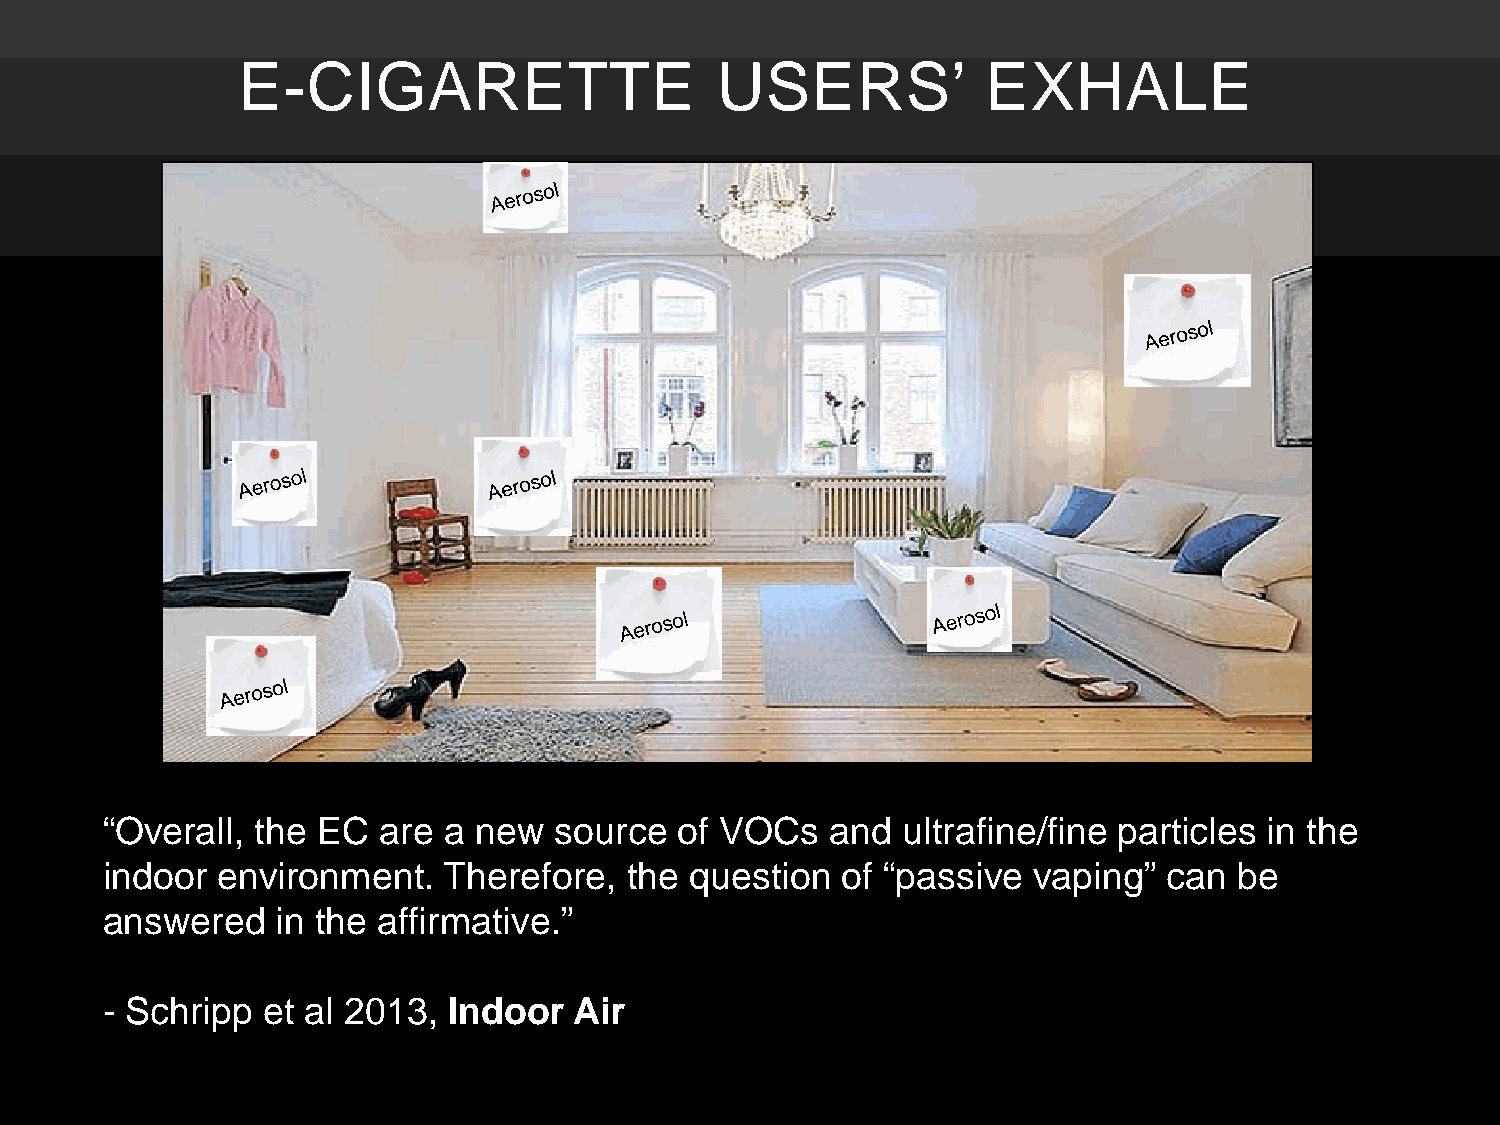
E-CIGARETTE                    USERS’            EXHALE
 “Overall, the EC  are a new   source  of VOCs   and  ultrafine/fine particles in the
 indoor environment.   Therefore,  the  question  of “passive vaping”  can  be
 answered   in the affirmative.”
 - Schripp et al 2013,  Indoor  Air